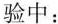
验中：